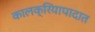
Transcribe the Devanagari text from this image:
कालक्रियापादात